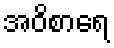
အဝိစာရေ